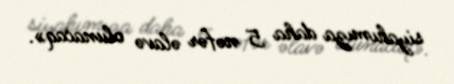
siyahımıza daha 5 nəfər əlavə olunacaq».